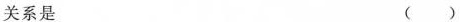
关系是 （）